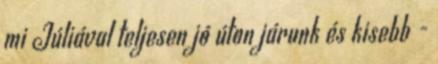
mi Júliával teljesen jó úton járunk és kisebb -